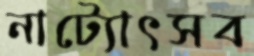
নাট্যোৎসব